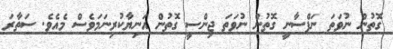
ގޮތުން ނުވަތަ ނަފްސާނީ ގޮތުން ނުވަތަ ޖިންސީ ގޮތުން އަނިޔާކުރިނަމަވެސް މެއެވެ. ސަތާރަ